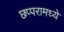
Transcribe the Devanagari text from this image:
छप्परामध्ये